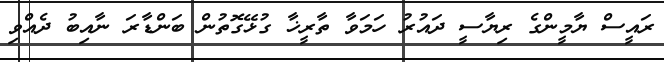
ރައީސް ޔާމީންގެ ރިޔާސީ ދައުރު ހަމަވާ ތާރީޚާ ގުޅޭގޮތުން ބަންޑާރަ ނާއިބު ދެއްވި